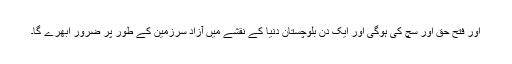
اور فتح حق اور سچ کی ہوگی اور ایک دن بلوچستان دنیا کے نقشے میں آزاد سرزمین کے طور پر ضرور اُبھرے گا۔